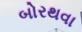
બોરથવા